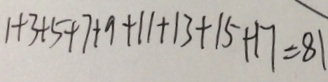
1 + 3 + 5 + 7 + 9 + 1 1 + 1 3 + 1 5 + 1 7 = 8 1